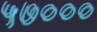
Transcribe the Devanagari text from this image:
५७०००